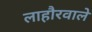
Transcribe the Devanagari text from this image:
लाहौरवाले